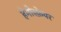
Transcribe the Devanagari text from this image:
हेमीस्फ़ेयर